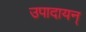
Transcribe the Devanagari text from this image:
उपादायन्